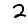
Digit: 2